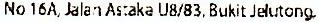
NO 16A, JALAN ASTAKA U8/83, BUKIT JELUTONG.